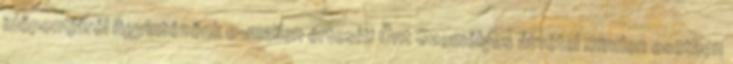
időpontjáról ügyintézőnk e-mailen értesíti Önt Személyes átvétel minden esetben